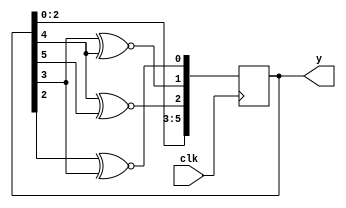
//*********************************************************
// IEEE STD 1364-1995 Verilog file: lfsr6s3.v 
// Author-EMAIL: Uwe.Meyer-Baese@ieee.org
//*********************************************************
module lfsr6s3 (clk, y); //----> Interface

  input          clk;
  output [6:1]  y;  // Result

  reg [6:1] ff; // Note that reg is keyword in Verilog and 
                               // can not be variable name

  always @(posedge clk) begin // Implement three-step 
    ff[6] <= ff[3];           // length-6 LFSR with xnor; 
    ff[5] <= ff[2];         // use non-blocking assignments
    ff[4] <= ff[1];           
    ff[3] <= ff[5] ~^ ff[6];
    ff[2] <= ff[4] ~^ ff[5];
    ff[1] <= ff[3] ~^ ff[4];
  end

  assign  y = ff; 

endmodule